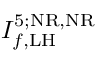
I _ { f , \mathrm { L H } } ^ { 5 ; \mathrm { N R , N R } }